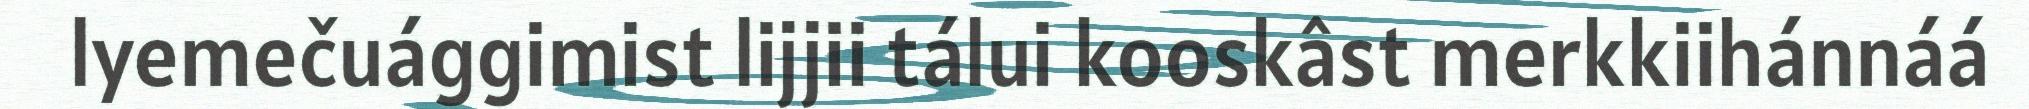
lyemečuággimist lijjii tálui kooskâst merkkiihánnáá